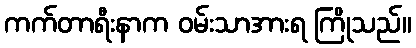
ကက်တာရီးနာက ဝမ်းသာအားရ ကြိုသည်။